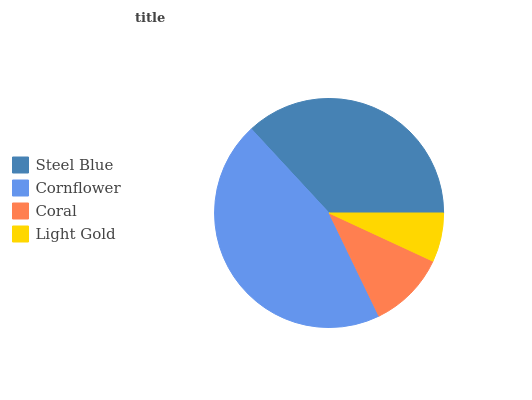
| Steel Blue | Cornflower | Coral | Light Gold |
 | --- | --- | --- | --- |
 | 36.9% | 45.3% | 10.9% | 6.9% |